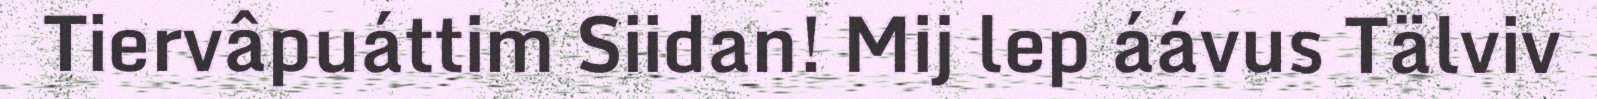
Tiervâpuáttim Siidan! Mij lep áávus Tälviv